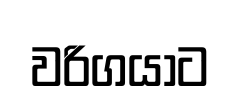
වරිගයාට